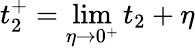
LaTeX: t_{2}^{+}=\operatorname*{lim}_{\eta\to 0^{+}}t_{2}+\eta